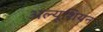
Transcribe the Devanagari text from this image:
अल्यूशियन